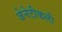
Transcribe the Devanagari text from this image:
जेनेटीकली